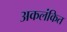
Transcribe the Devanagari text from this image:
अकलंकित